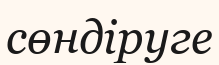
сөндіруге